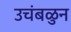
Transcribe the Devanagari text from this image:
उचंबळुन